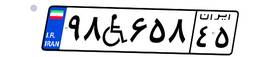
۹۸W۶۵۸۴۵